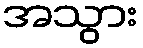
အသွား